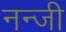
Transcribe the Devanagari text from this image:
नन्जी